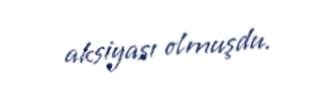
aksiyası olmuşdu.